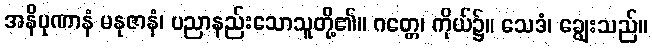
အနိပုဏာနံ မနုဇာနံ၊ ပညာနည်းသောသူတို့၏။ ဂတ္တေ၊ ကိုယ်၌။ သေဒံ၊ ချွေးသည်။